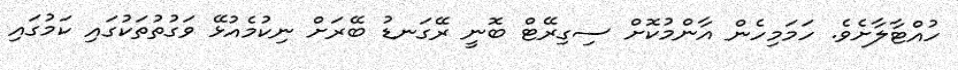
ހުއްޓާލާށެވެ. ހަމަމިހެން އާންމުކޮށް ސިގިރޭޓް ބޮނީ ރޭގަނޑު ބޭރަށް ނިކުމެއުޅޭ ވަގުތުތަކުގައި ކަމުގައި